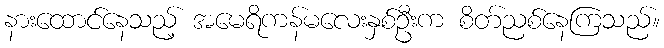
နားထောင်နေသည့် အမေရိကန်မလေးနှစ်ဦးက စိတ်ညစ်နေကြသည်။